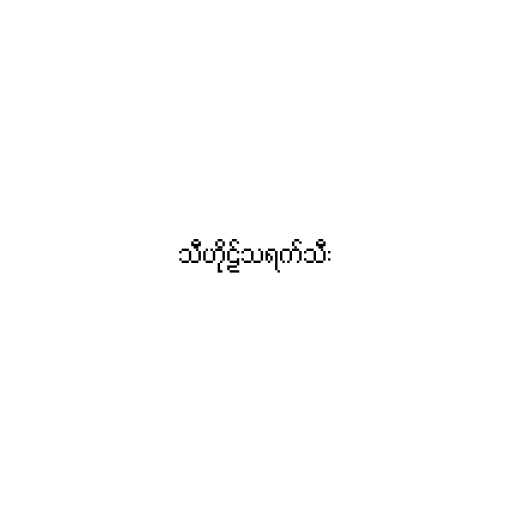
သီဟိုဠ်သရက်သီး